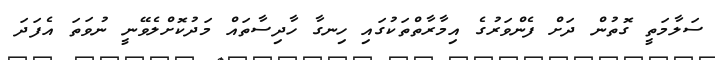
ސަލާމަތީ ގޮތުން ދަށް ފެންވަރުގެ އިމާރާތްތަކުގައި ހިނގާ ހާދިސާތައް މަދުކޮށްލެވޭނީ ނުވަތަ އެފަދަ